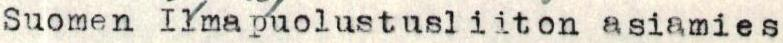
Suomen Ilmapuolustusliiton asiamies